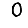
Digit: 0